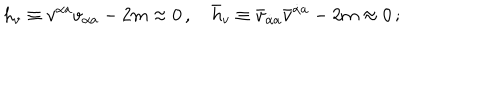
h _ { v } \equiv v ^ { \alpha a } v _ { \alpha a } - 2 m \approx 0 \, , \quad \bar { h } _ { v } \equiv \bar { v } _ { \dot { \alpha } a } \bar { v } ^ { \dot { \alpha } a } - 2 m \approx 0 \, ;